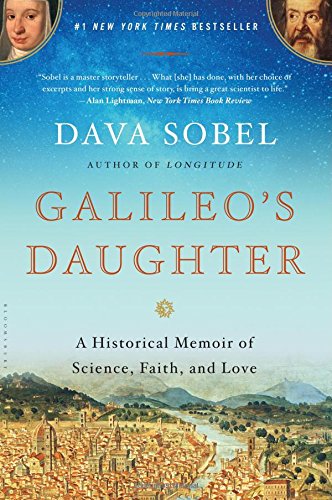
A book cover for Galileo's Daughter: A Historical Memoir of Science, Faith, and Love; Dava Sobel; Biographies & Memoirs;